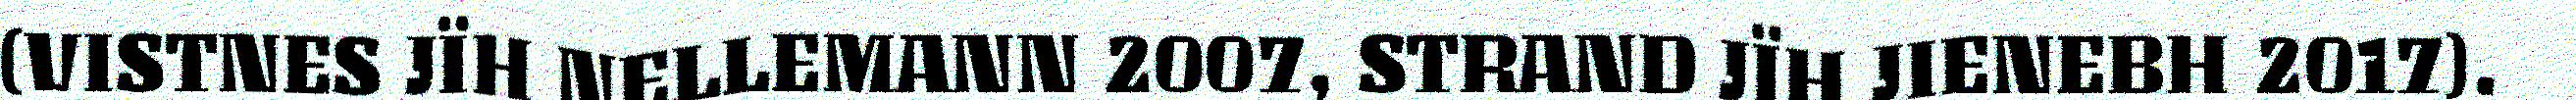
(VISTNES JÏH NELLEMANN 2007, STRAND JÏH JIENEBH 2017).